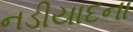
નડીયાદના